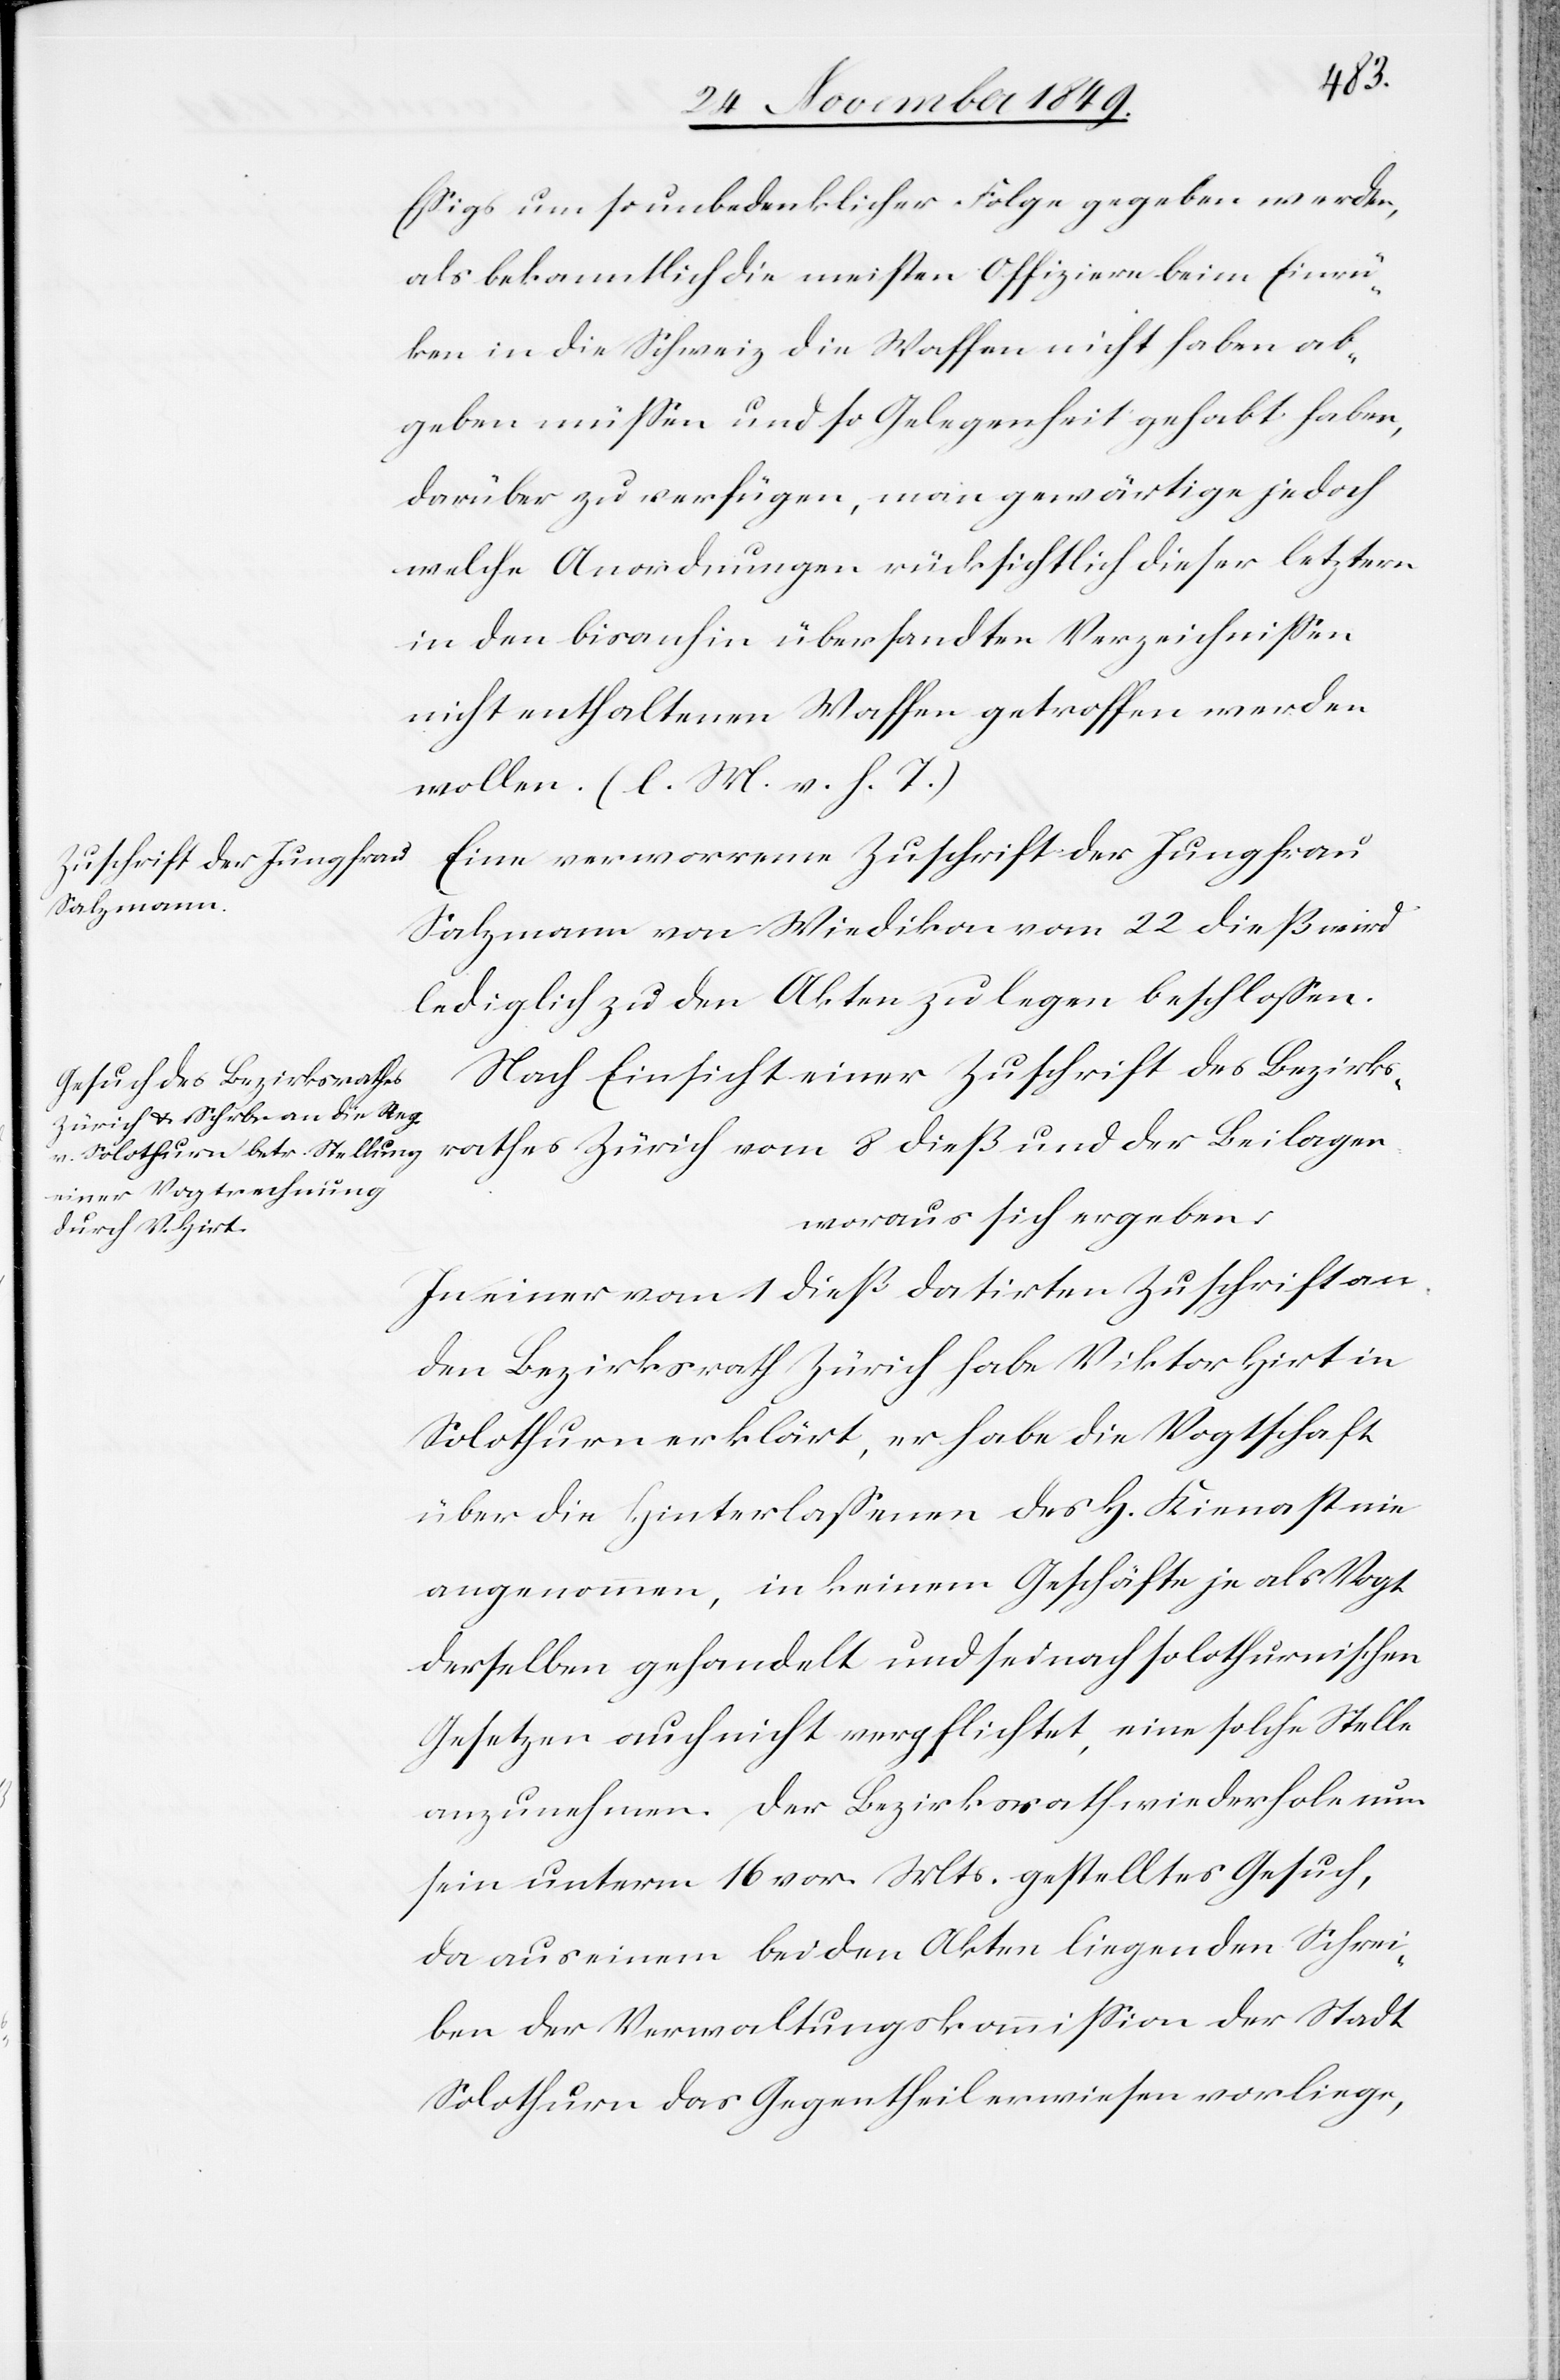
Eßigs um so unbedenklicher Fogle gegeben werden,
als bekanntlich die meisten Offiziere beim Einrüc¬
ken in die Schweiz die Waffen nicht haben ab¬
geben müßen und so Gelegenheit gehabt haben,
darüber zu verfügen, man gewärtige jedoch
welche Anordnungen rücksichtlich dieser letztern
in den bisanhin übersandten Verzeichnißen
nicht enthaltenen Waffen getroffen werden
wollen. [l. M. v. h. T]
Salzmann von Wiedikon vom 22 dieß wird
lediglich zu den Akten zu legen beschloßen.
Nach Einsicht einer Zuschrift des Bezirks¬
rathes Zürich vom 8 dieß und der Beilagen
woraus sich ergeben:
In einer vom 1 dieß datirten Zuschrift an
den Bezirksrath Zürich habe Viktor Hirt in
Solothurn erklärt, er habe die Vogtschaft
über die Hinterlaßenen des H[errn] Kienast nie
angenommen, in keinem Geschäft je als Vogt
derselben gehandelt und sei nach solothurnischen
Gesetzen auch nicht verpflichtet, eine solche Stelle
anzunehmen. Der Bezirksrath wiederhole nun
sein unterm 16 vor. Mts. gestelltes Gesuch,
da aus einem bei den Akten liegenden Schrei¬
ben der Verwaltungskommißion der Stadt
Solothurn das Gegentheil erwiesen vorliege,